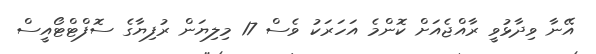
އޭނާ ވިދާޅުވީ ރާއްޖެއަށް ކޮންމެ އަހަރަކު ވެސް 17 މިލިޔަން ރުފިޔާގެ ސޮފްޓްޓޯއީސް